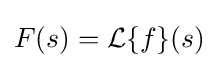
F(s)={\mathcal {L}}\{f\}(s)